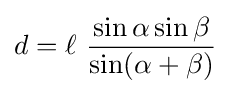
d=\ell \ {\frac {\sin \alpha \sin \beta }{\sin(\alpha +\beta )}}